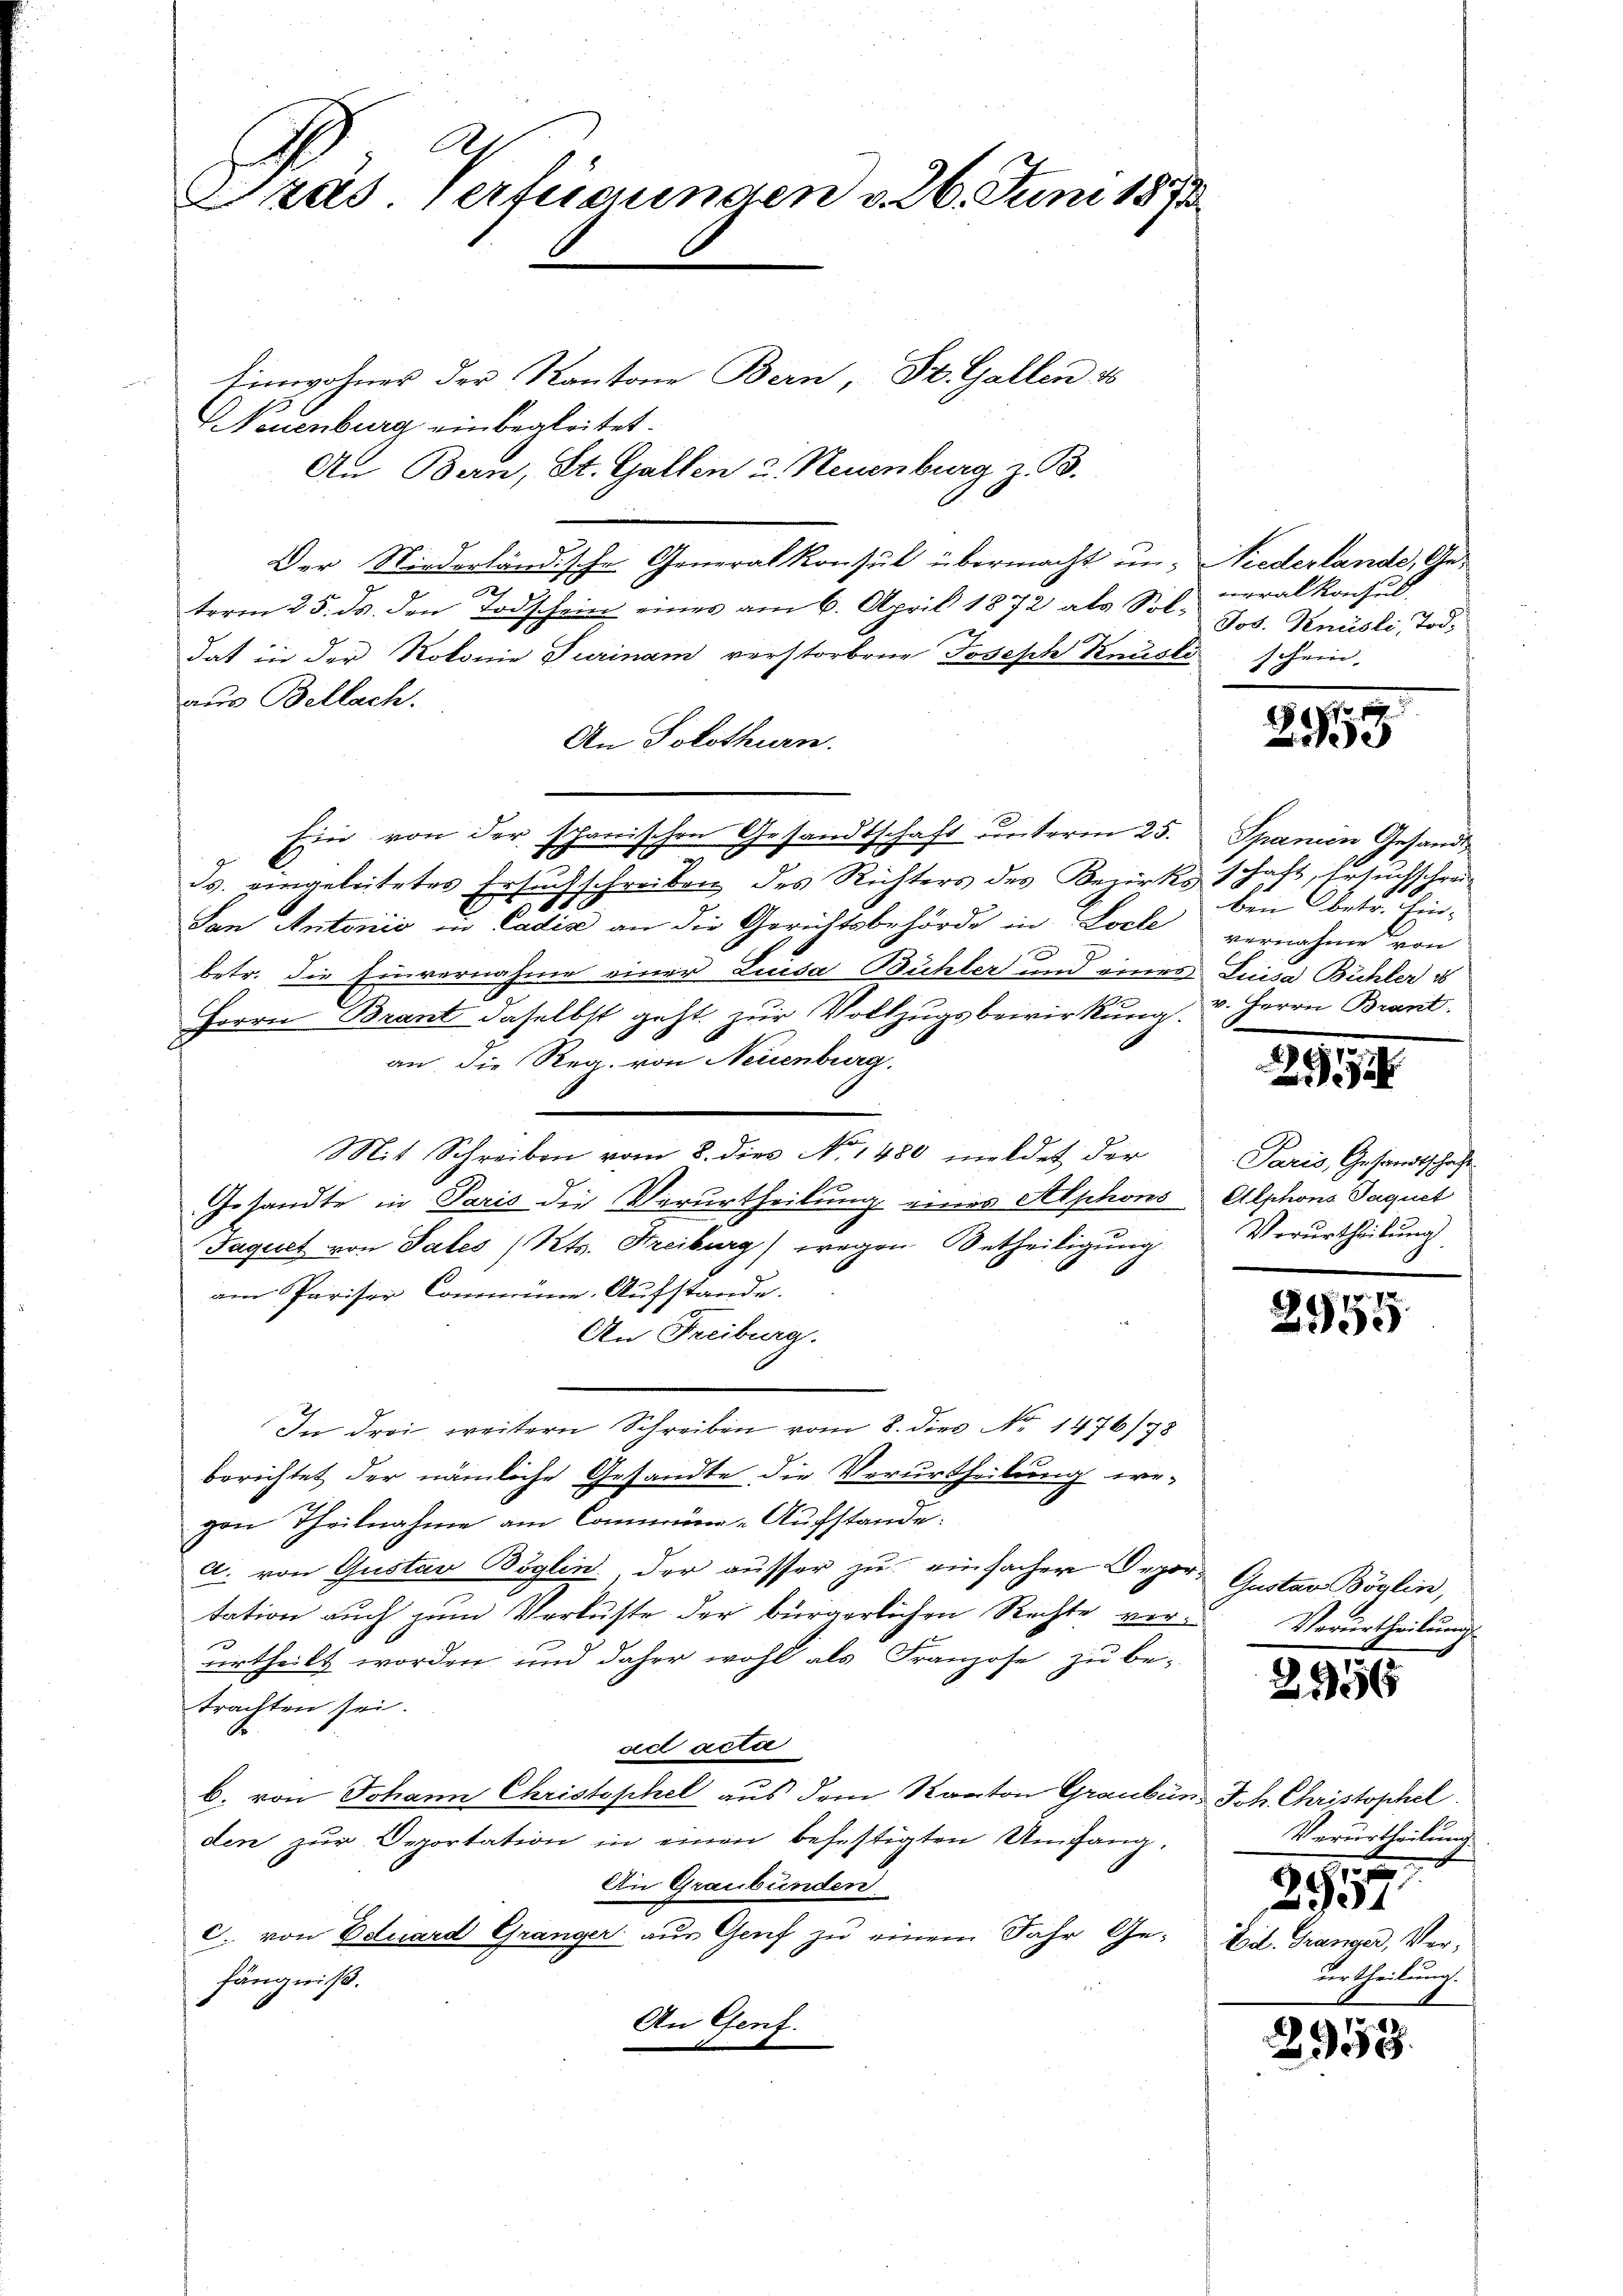
C
Gras. Verfügungen v. 26. Juni 1871

Einwohner der Kantone Bern, St. Gallen d
Neuenburg ein begleitet.
An Bern, St. Gallen u. Neuenburg z. B.
Der Niederländische Generalkonsul übermacht und Niederlande, Ge¬

term 25. ds. den Todschein eines am 6. April 1872 als Soldat in der Rotonie Turinam verstorbene Joseph Knüsli schein,
aus Bellach.
An Solothurn.
Ein von der schanischen Gesandtschaft unterm 25.
2
ds. eingeleitetes Ersuchschreiben des Richters des Bezirksschaft, Ersuchschrei¬
San Antonis in Ladis an die Gerichtsbehörde in Locle
betr. die Einvernahme einer Luisa Bühler und eines Luisa Bühler i
Herrn Brant daselbst geht zur Vollzugsbewirkung.
an, die Reg. von Neuenburg,
Mit Schreiben vom 8. dies No. 1480 mildet der
Gesandte in Paris die Verurtheilung eines Alphons Alphons Paquet
Jaquet von Tales (Kts. Freiburg) wegen Betheiligung
am Pariser Commüne-Aufstande.
An Freiburg.
In drei, weitern Schreiben vom 8. dies No 1476/98
berichtet der nämliche Gesandte die Verurtheilung weven Theilnahme am Commen-Aufstande:
a. von Gustan Boglin der ausser zu einfacher Depor¬ Gustav Böglin,
tation aŭch zŭm Verlüste der bürgerlichen Rechte ver- Verurtheilŭng
urtheilt worden, und daher wohl als Franzose zu be-
trachten sei.
ad acta
b. von Johann Christophel aus dem Kanton Grauben Joh. Christophel
den zŭr Deportation in einen befestigten Umfang.
An Graubünden
c. von Eduard Gränger aus Genf zu einem Jahr Gefängniß.
An Genf.

neralkonsul
Jos. Knüsli, Tod.

11
15

Spanien Gesandt
ben betr. Einvernahme von
v. Herrn Brant.

294

Paris, Gesandtschaft
Verurtheilung

2955

2956

Verurtheilung
.
2951
Eil. Gränger, Verurtheilung.
I

2958.